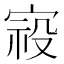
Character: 𰍈